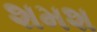
શમશ